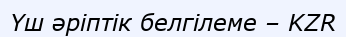
Үш әріптік белгілеме – KZR